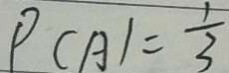
P ( A ) = \frac { 1 } { 3 }